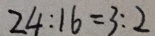
2 4 : 1 6 = 3 : 2